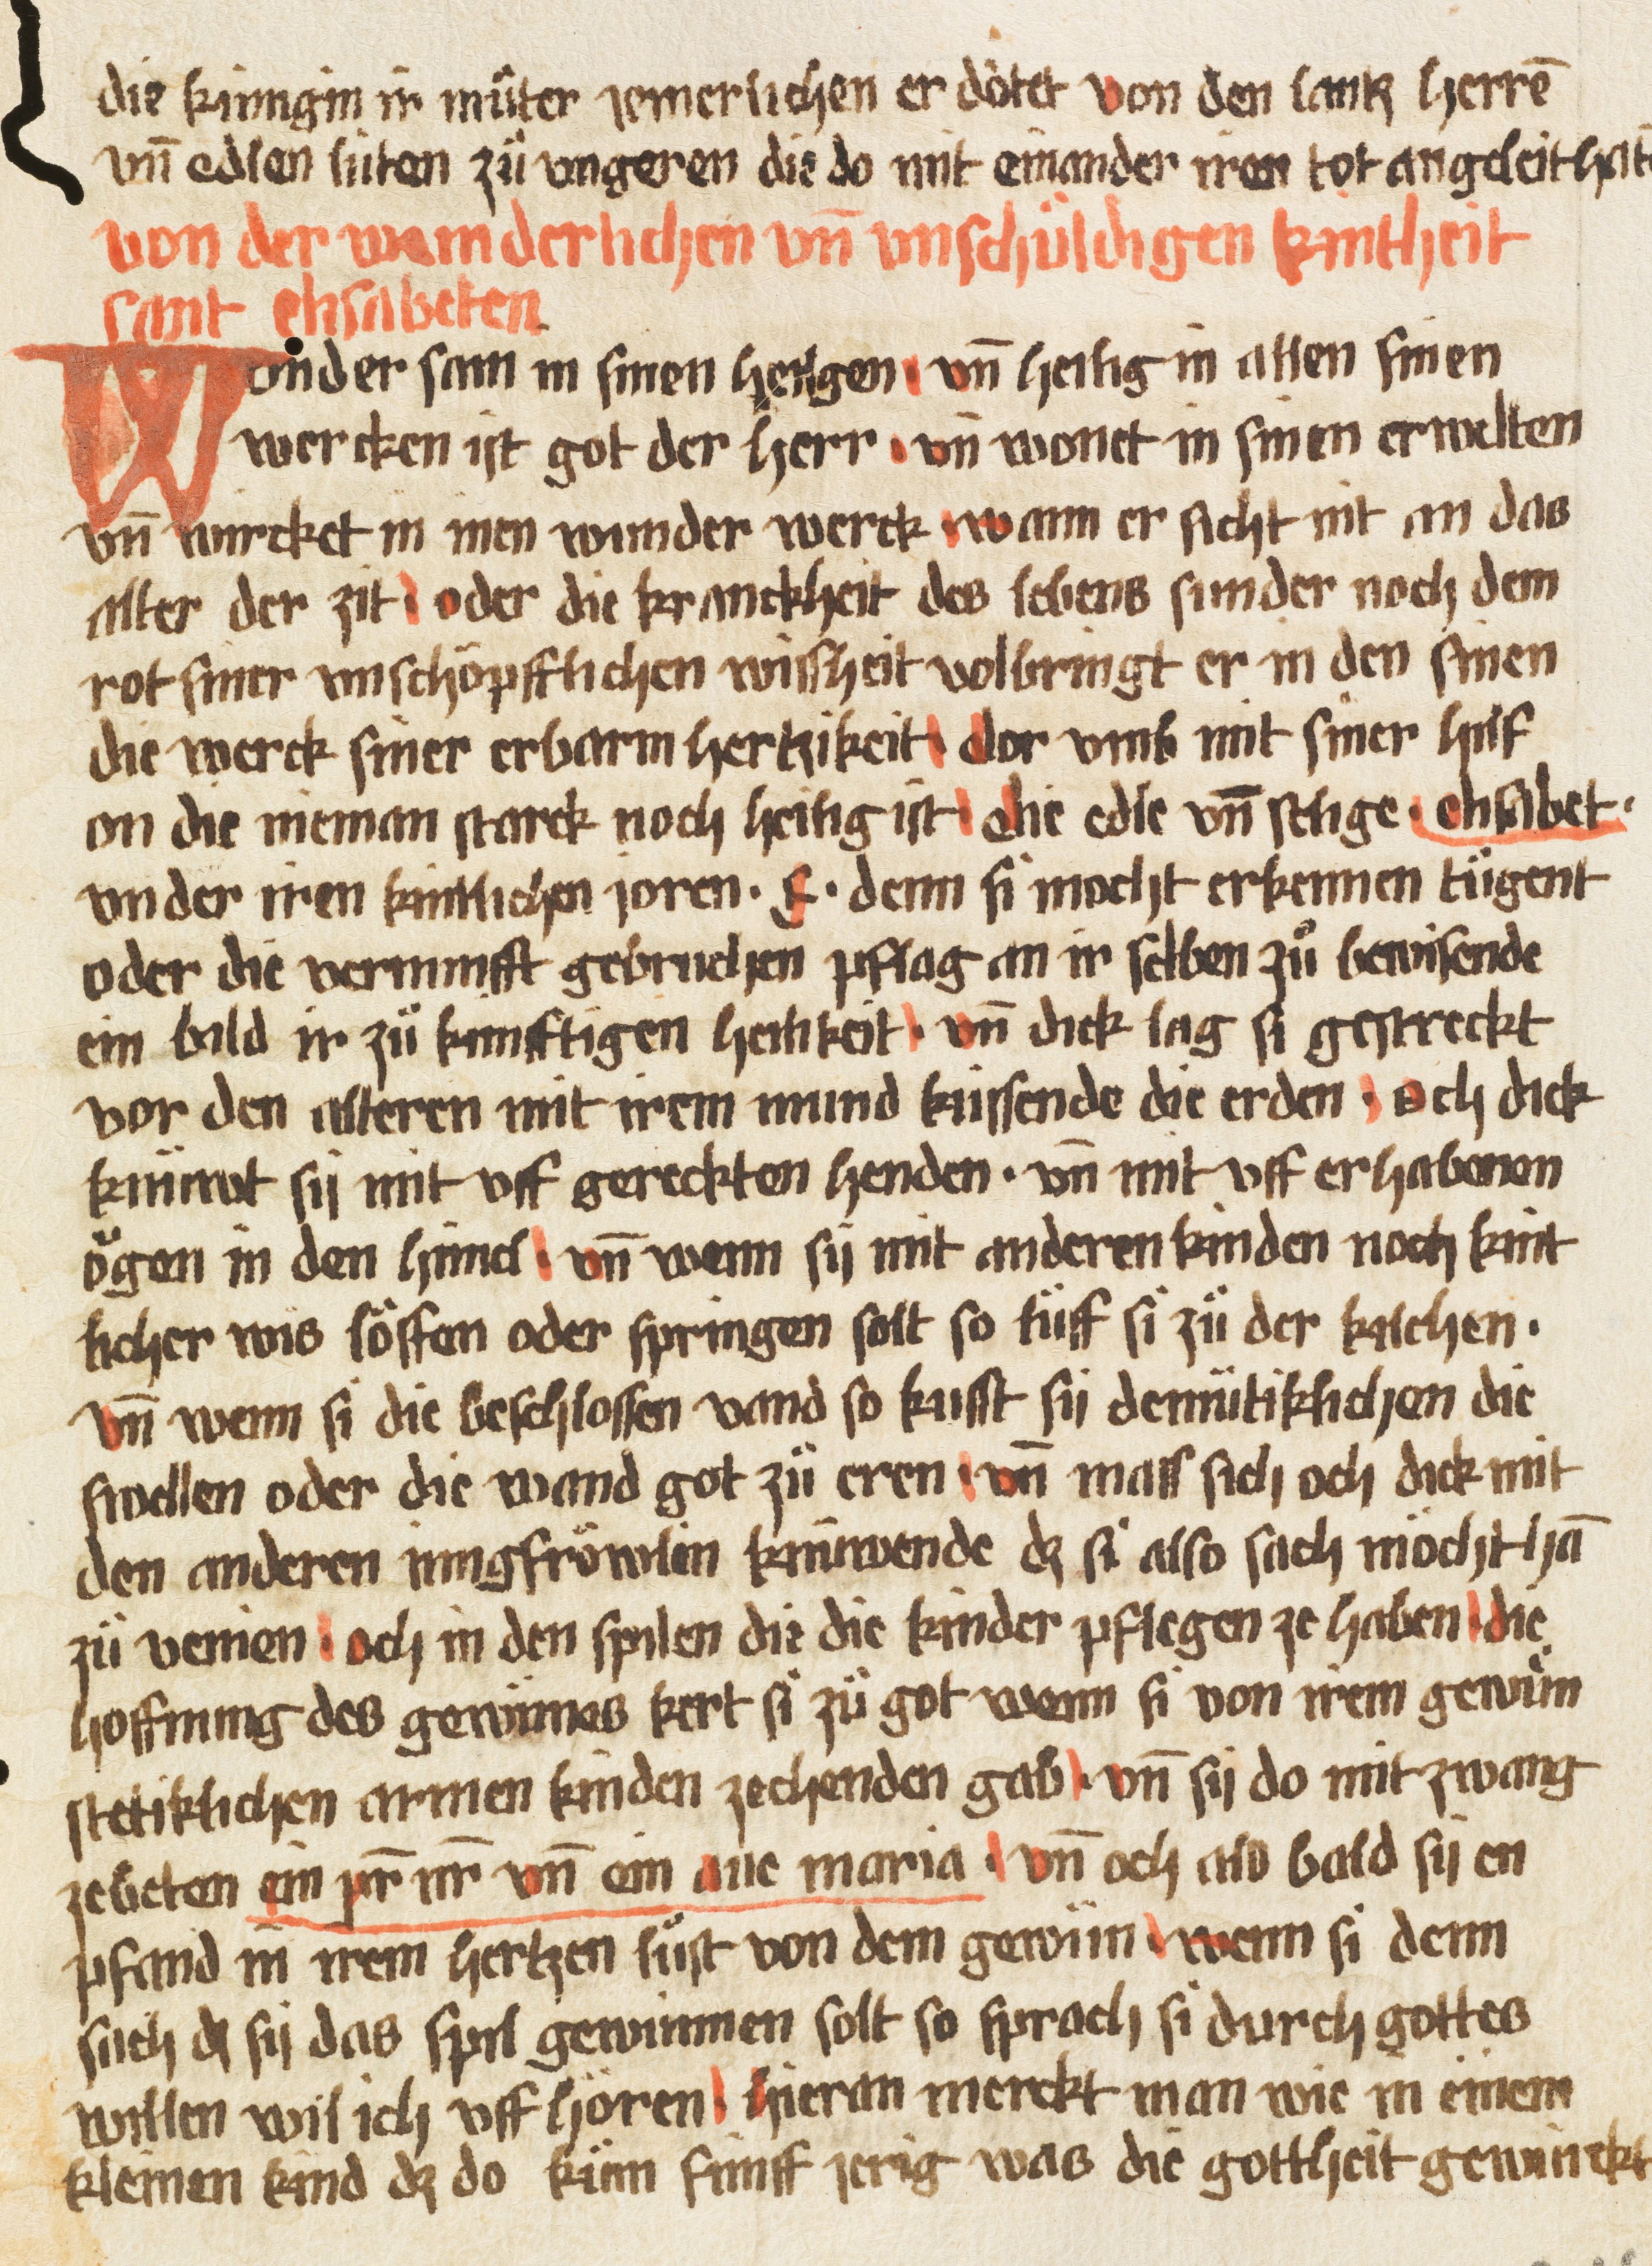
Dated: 1470–1480